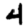
Digit: 4